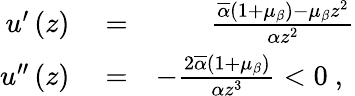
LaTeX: \begin{array}{rlr}{u^{\prime}\left(z\right)}&{{}=}&{\frac{\overline{{\alpha}}\left(1+\mu_{\beta}\right)-\mu_{\beta}z^{2}}{\alpha z^{2}}}\\ {u^{\prime\prime}\left(z\right)}&{{}=}&{-\frac{2\overline{{\alpha}}\left(1+\mu_{\beta}\right)}{\alpha z^{3}}<0\mathrm{~,~}}\end{array}